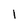
Character: 1